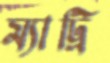
ম্যাট্রি